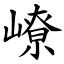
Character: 嶛